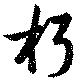
朽